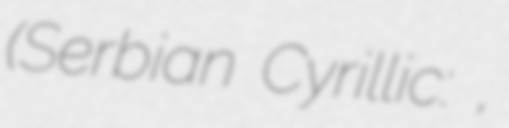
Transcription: (Serbian Cyrillic: Шабац,